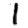
Digit: 1